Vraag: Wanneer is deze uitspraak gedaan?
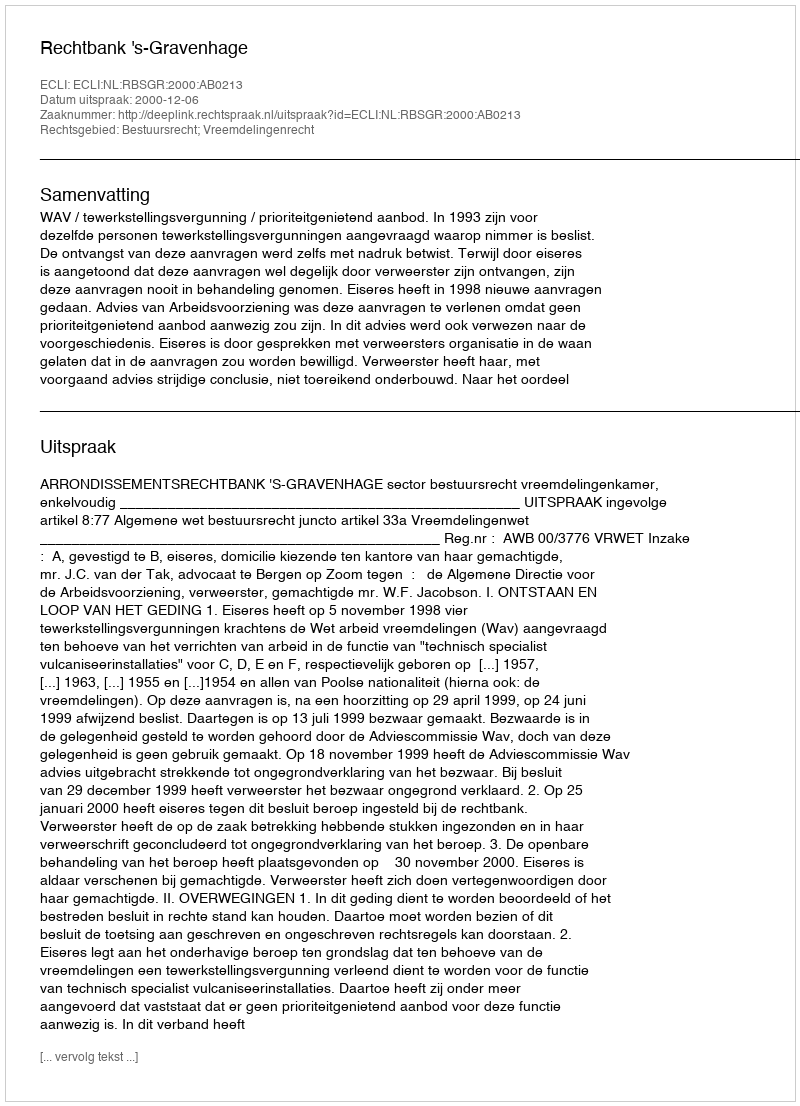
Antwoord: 2000-12-06